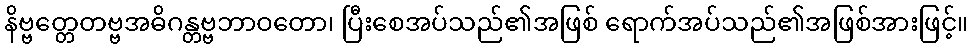
နိဗ္ဗတ္တေတဗ္ဗအဓိဂန္တဗ္ဗဘာဝတော၊ ပြီးစေအပ်သည်၏အဖြစ် ရောက်အပ်သည်၏အဖြစ်အားဖြင့်။